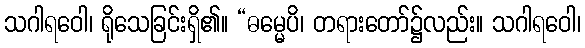
သဂါရဝေါ၊ ရိုသေခြင်းရှိ၏။ “ဓမ္မေပိ၊ တရားတော်၌လည်း။ သဂါရဝေါ၊